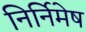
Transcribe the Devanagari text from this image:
निर्निमेष